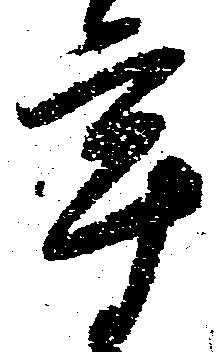
年